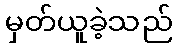
မှတ်ယူခဲ့သည်